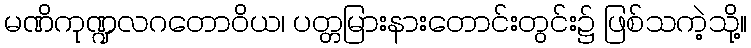
မဏိကုဏ္ဍလဂတောဝိယ၊ ပတ္တမြားနားတောင်းတွင်း၌ ဖြစ်သကဲ့သို့။